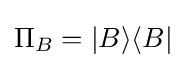
\Pi _{B}=|B\rangle \langle B|